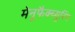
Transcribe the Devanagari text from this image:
मेनूफैक्च्युरिंग